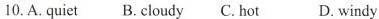
10. A. quiet B.cloudy C. hot D.windy